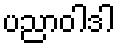
ပညာဝါဒါ